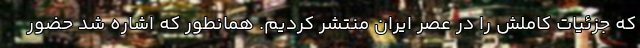
که جزئیات کاملش را در عصر ایران منتشر کردیم. همانطور که اشاره شد حضور